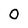
Character: 0